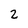
Character: 2